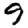
Digit: 9